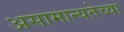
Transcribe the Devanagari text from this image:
असामान्यतेच्या